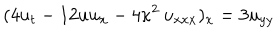
LaTeX: ( 4 u _ { t } - 1 2 u u _ { x } - 4 \kappa ^ { 2 } \, u _ { x x x } ) _ { x } = 3 u _ { y y }